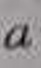
$a$